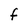
Character: F